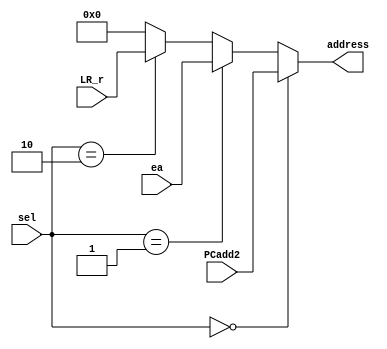
module BranchMUX(PCadd2,ea,LR_r,sel,address);

input [7:0]PCadd2;
input [7:0]ea;
input [7:0]LR_r;
input [1:0]sel;
output [7:0]address;

wire [7:0]address;

assign address=(sel==2'b00)?PCadd2:
(sel==2'b01)?ea:
(sel==2'b10)?LR_r:
2'h00;

endmodule